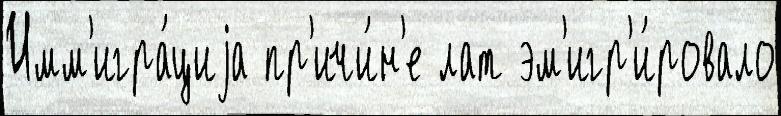
Имм'игра́циjа пр'ичи́н'е лат эм'игр'и́ровало